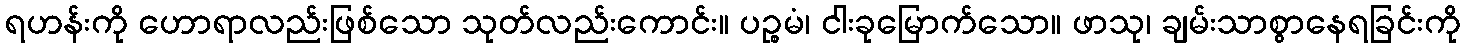
ရဟန်းကို ဟောရာလည်းဖြစ်သော သုတ်လည်းကောင်း။ ပဉ္စမံ၊ ငါးခုမြောက်သော။ ဖာသု၊ ချမ်းသာစွာနေရခြင်းကို